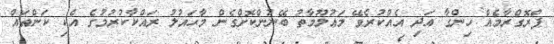
ޕްރޮގްރާމެއް ހިންގާ އަދި އެއްކުރެވޭ މަޢުލޫމާތު ބޭނުންކޮށްގެން މާޙައުލު ރައްކާކުރުމުގެ އެކި ކަންތައް